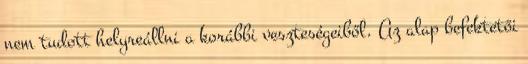
nem tudott helyreállni a korábbi veszteségeiből. Az alap befektetői